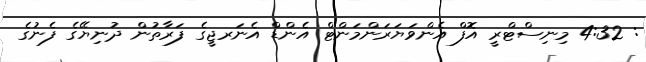
: 4:32 މިނިސްޓްރީ އޮފް އެންވަޔަރަންމަންޓް އެންޑް އެނަރޖީގެ ފަރާތުން ދުނިޔޭގެ ފެނުގެ